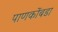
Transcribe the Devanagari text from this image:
पाणकोंबडा